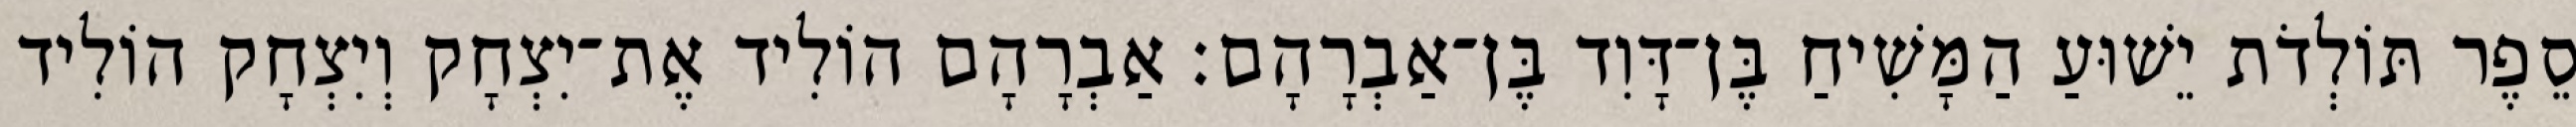
סֵפֶר תּוֹלְדֹת יֵשׁוּעַ הַמָּשִׁיחַ בֶּן־דָּוִד בֶּן־אַבְרָהָם׃ אַבְרָהָם הוֹלִיד אֶת־יִצְחָק וְיִצְחָק הוֹלִיד